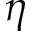
\eta